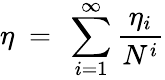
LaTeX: \eta~=~\sum_{i=1}^{\infty}\frac{\eta_{i}}{N^{i}}